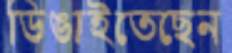
ডিঙাইতেছেন